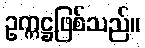
ဥက္ကဋ္ဌဖြစ်သည်။